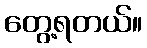
တွေ့ရတယ်။